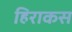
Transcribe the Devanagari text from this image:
हिराकस